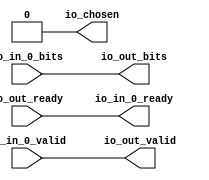
// This program was cloned from: https://github.com/NYU-MLDA/OpenABC
// License: BSD 3-Clause "New" or "Revised" License

module Arbiter_10
(
  io_in_0_ready,
  io_in_0_valid,
  io_in_0_bits,
  io_out_ready,
  io_out_valid,
  io_out_bits,
  io_chosen
);

  input io_in_0_valid;
  input io_in_0_bits;
  input io_out_ready;
  output io_in_0_ready;
  output io_out_valid;
  output io_out_bits;
  output io_chosen;
  wire io_in_0_ready,io_out_valid,io_out_bits,io_chosen,io_out_ready,io_in_0_valid,
  io_in_0_bits;
  assign io_chosen = 1'b0;
  assign io_in_0_ready = io_out_ready;
  assign io_out_valid = io_in_0_valid;
  assign io_out_bits = io_in_0_bits;

endmodule